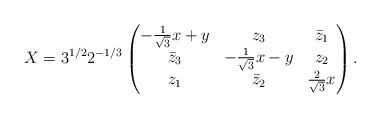
LaTeX: \begin{align*}X = 3^{1/2}2^{-1/3} \begin{pmatrix} -\tfrac{1}{\sqrt{3}}x + y & z_{3} & \bar{z}_{1} \\ \bar{z}_{3} & -\tfrac{1}{\sqrt{3}}x - y & z_{2} \\ z_{1} & \bar{z}_{2} & \tfrac{2}{\sqrt{3}}x\end{pmatrix}.\end{align*}